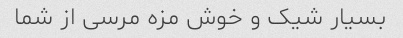
بسیار شیک و خوش مزه مرسی از شما